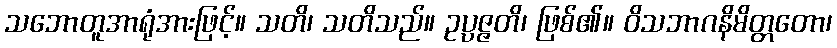
သဘောတူအာရုံအားဖြင့်။ သတိ၊ သတိသည်။ ဥပ္ပဇ္ဇတိ၊ ဖြစ်၏။ ဝိသဘာဂနိမိတ္တတော၊